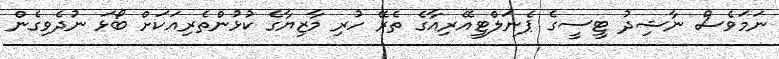
ނަމަވެސް ނާޝިދު ޓީސީގެ ޕެނަލްޓީއޭރިއާގެ ތެރޭ ހުރި މާޒިޔާގެ ކުޅުންތެރިއަކަށް ބޯޅަ ނުދެވިގެން